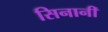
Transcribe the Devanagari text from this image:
सिनानीं